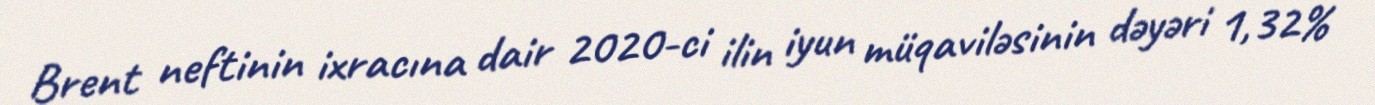
Brent neftinin ixracına dair 2020-ci ilin iyun müqaviləsinin dəyəri 1,32%